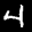
Label: 4